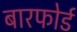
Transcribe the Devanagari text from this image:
बारफोर्ड